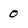
Character: 0